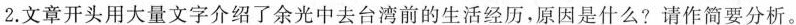
2.文章开头用大量文字介绍了余光中去台湾前的生活经历，原因是什么?请作简要分析。